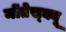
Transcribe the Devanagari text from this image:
मोंतेस्क्यू